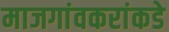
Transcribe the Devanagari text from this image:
माजगांवकरांकडे